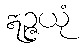
ဣဉ္ဇယုံ